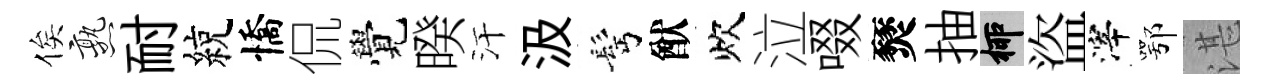
俟熟耐綂憍侃覺暌汗汲髩猷炊泣啜燹抽柳盜滓鄂湛